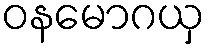
ဝနမောဂယှ